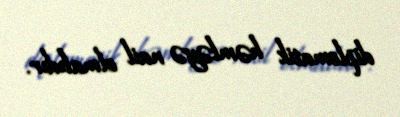
diplomatik həmləyə nail olmalıdır.